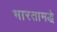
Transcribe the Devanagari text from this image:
भारतामद्धे